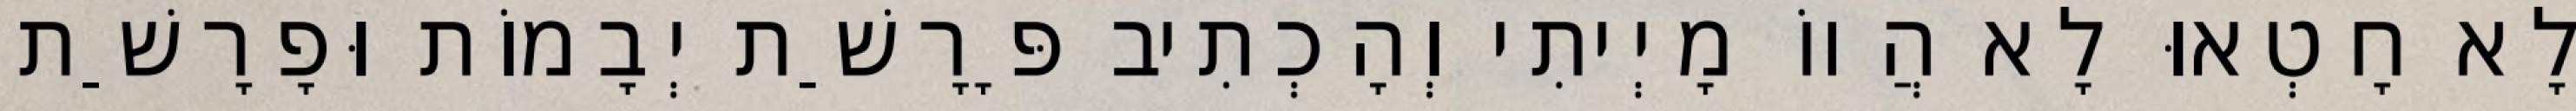
לָא חָטְאוּ לָא הֲווֹ מָיְיתִי וְהָכְתִיב פָּרָשַׁת יְבָמוֹת וּפָרָשַׁת